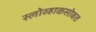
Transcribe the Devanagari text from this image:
स्लोव्हाकसोबत